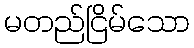
မတည်ငြိမ်သော